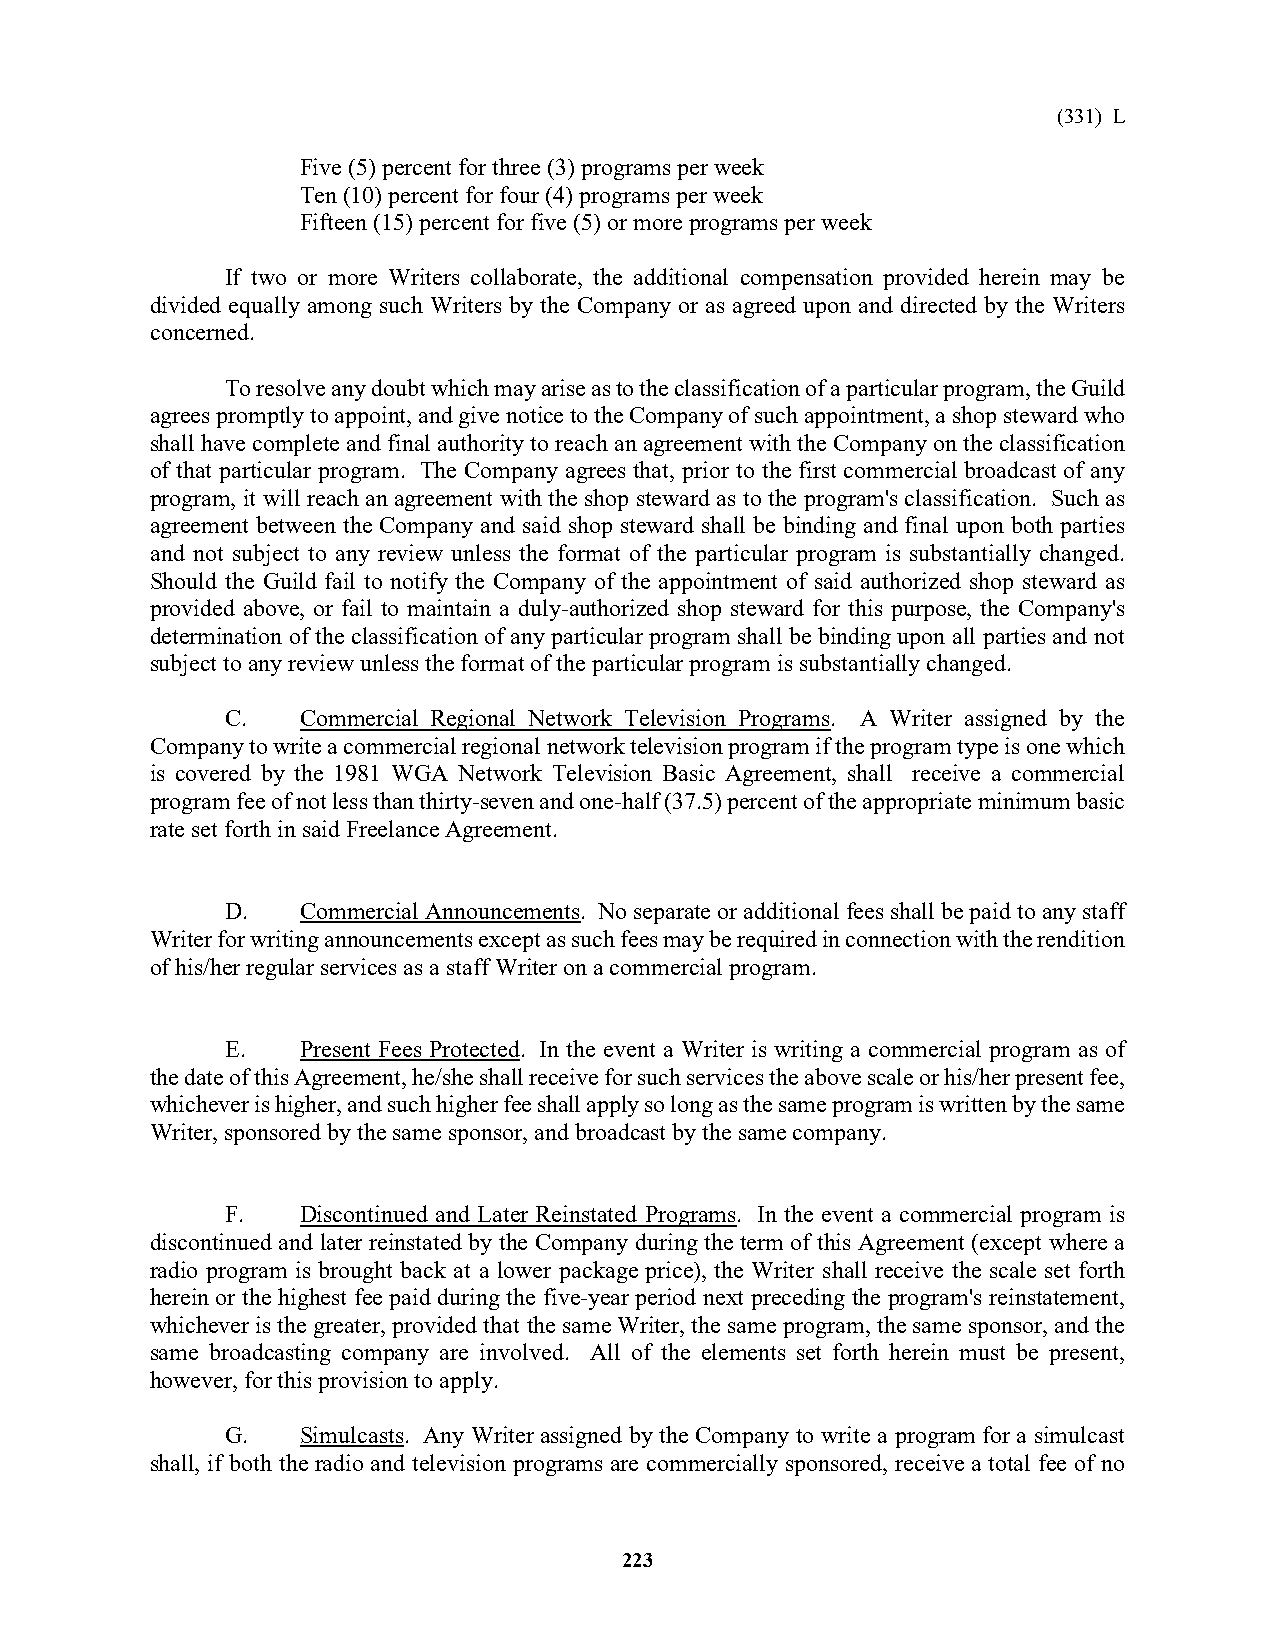
(331) L
 Five (5) percent for three (3) programs per week
 Ten (10) percent for four (4) programs per week
 Fifteen (15) percent for five (5) or more programs per week
 If two or more Writers collaborate, the additional compensation provided herein may be
 divided equally among such Writers by the Company or as agreed upon and directed by the Writers
 concerned.
 To resolve any doubt which may arise as to the classification of a particular program, the Guild
 agrees promptly to appoint, and give notice to the Company of such appointment, a shop steward who
 shall have complete and final authority to reach an agreement with the Company on the classification
 of that particular program. The Company agrees that, prior to the first commercial broadcast of any
 program, it will reach an agreement with the shop steward as to the program's classification. Such as
 agreement between the Company and said shop steward shall be binding and final upon both parties
 and not subject to any review unless the format of the particular program is substantially changed.
 Should the Guild fail to notify the Company of the appointment of said authorized shop steward as
 provided above, or fail to maintain a duly-authorized shop steward for this purpose, the Company's
 determination of the classification of any particular program shall be binding upon all parties and not
 subject to any review unless the format of the particular program is substantially changed.
 C.   Commercial Regional Network Television Programs. A Writer assigned by the
 Company to write a commercial regional network television program if the program type is one which
 is covered by the 1981 WGA Network Television Basic Agreement, shall receive a commercial
 program fee of not less than thirty-seven and one-half (37.5) percent of the appropriate minimum basic
 rate set forth in said Freelance Agreement.
 D.   Commercial Announcements. No separate or additional fees shall be paid to any staff
 Writer for writing announcements except as such fees may be required in connection with the rendition
 of his/her regular services as a staff Writer on a commercial program.
 E.   Present Fees Protected. In the event a Writer is writing a commercial program as of
 the date of this Agreement, he/she shall receive for such services the above scale or his/her present fee,
 whichever is higher, and such higher fee shall apply so long as the same program is written by the same
 Writer, sponsored by the same sponsor, and broadcast by the same company.
 F.   Discontinued and Later Reinstated Programs. In the event a commercial program is
 discontinued and later reinstated by the Company during the term of this Agreement (except where a
 radio program is brought back at a lower package price), the Writer shall receive the scale set forth
 herein or the highest fee paid during the five-year period next preceding the program's reinstatement,
 whichever is the greater, provided that the same Writer, the same program, the same sponsor, and the
 same broadcasting company are involved. All of the elements set forth herein must be present,
 however, for this provision to apply.
 G.   Simulcasts. Any Writer assigned by the Company to write a program for a simulcast
 shall, if both the radio and television programs are commercially sponsored, receive a total fee of no
 223